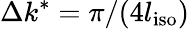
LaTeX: \Delta k^{*}=\pi/(4l_{\mathrm{iso}})